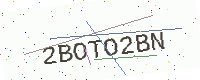
Text: 2BOTO2BN